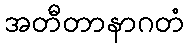
အတီတာနာဂတံ